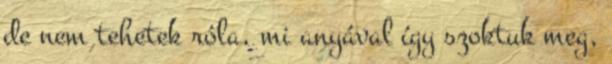
de nem tehetek róla, mi anyával így szoktuk meg,